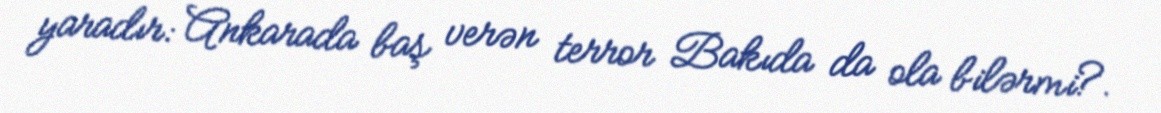
yaradır: Ankarada baş verən terror Bakıda da ola bilərmi?.